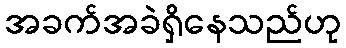
အခက်အခဲရှိနေသည်ဟု